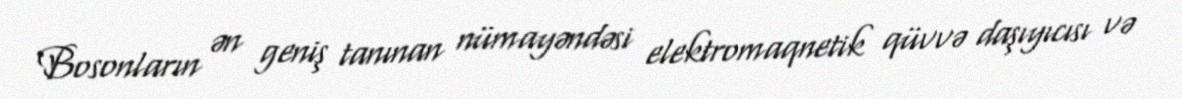
Bosonların ən geniş tanınan nümayəndəsi elektromaqnetik qüvvə daşıyıcısı və